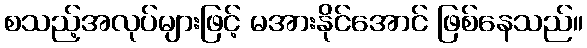
စသည့်အလုပ်များဖြင့် မအားနိုင်အောင် ဖြစ်နေသည်။